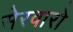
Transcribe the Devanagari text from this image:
सेरवारो